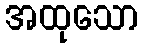
အထုသော